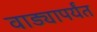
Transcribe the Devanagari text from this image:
वाड्यापर्यंत